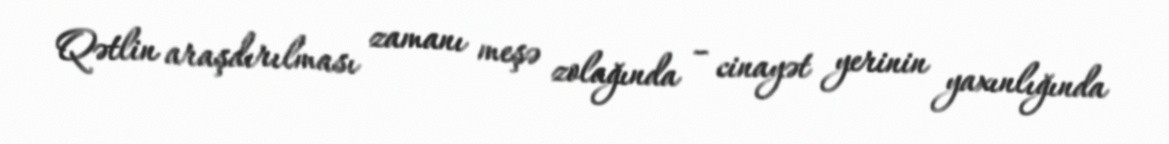
Qətlin araşdırılması zamanı meşə zolağında – cinayət yerinin yaxınlığında